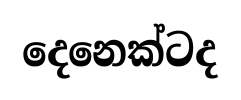
දෙනෙක්ටද